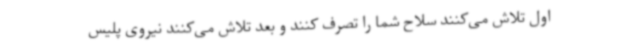
اول تلاش می‌کنند سلاح شما را تصرف کنند و بعد تلاش می‌کنند نیروی پلیس